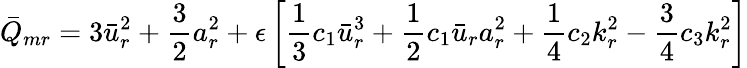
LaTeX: \bar{Q}_{mr}=3\bar{u}_{r}^{2}+\frac{3}{2}a_{r}^{2}+\epsilon\left[\frac{1}{3}c_{1}\bar{u}_{r}^{3}+\frac{1}{2}c_{1}\bar{u}_{r}a_{r}^{2}+\frac{1}{4}c_{2}k_{r}^{2}-\frac{3}{4}c_{3}k_{r}^{2}\right]